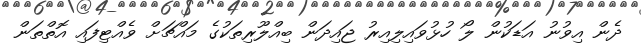
ދެން އިވުނު އަޑަކުން ލޯ ހުޅުވައިލިއިރު ޖައިދަން ބިއްލޫރިތަކުގެ މައްޗަށް ވެއްޓިފައި އޮތްތަން